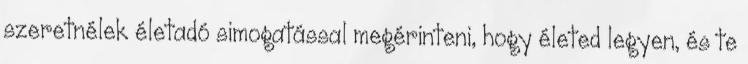
szeretnélek életadó simogatással megérinteni, hogy életed legyen, és te